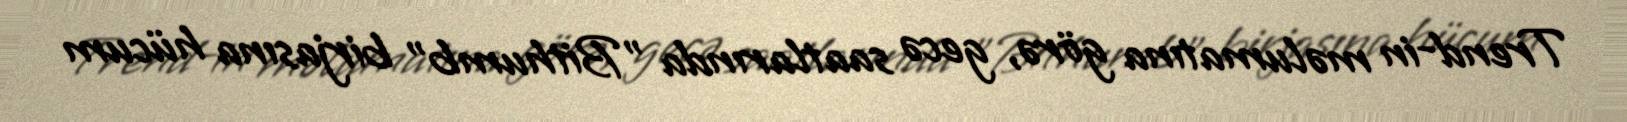
Trend-in məlumatına görə, gecə saatlarında "Bithumb" birjasına hücum